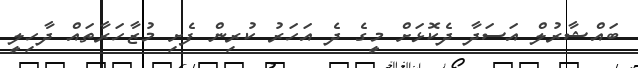
ބައްޝާރުލް އަސަދާ ދެކޮޅަށް މީގެ ދެ އަހަރު ކުރިން ފެށި މުޒާހަރާތައް ދާހިލީ